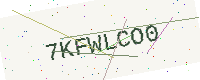
Text: 7KFWLCO0